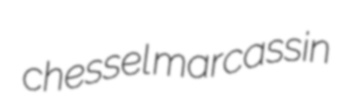
chessel marcassin